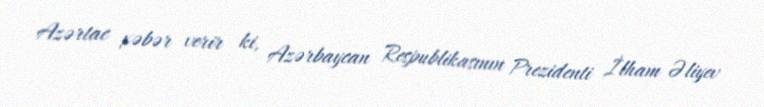
Azərtac xəbər verir ki, Azərbaycan Respublikasının Prezidenti İlham Əliyev